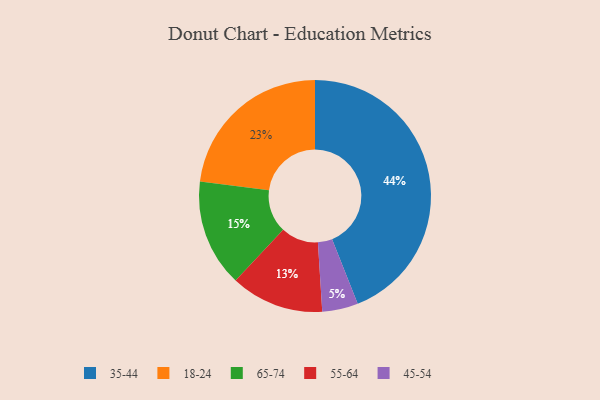
{"axis": {"x": "Category", "y": "Percentage"}, "legend": ["18-24", "35-44", "45-54", "55-64", "65-74"], "data": [{"x": "45-54", "y": 5, "type": "45-54"}, {"x": "55-64", "y": 13, "type": "55-64"}, {"x": "65-74", "y": 15, "type": "65-74"}, {"x": "35-44", "y": 44, "type": "35-44"}, {"x": "18-24", "y": 23, "type": "18-24"}]}